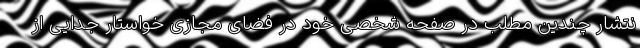
نتشار چندین مطلب در صفحه شخصی خود در فضای مجازی خواستار جدایی از